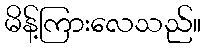
မိန့်ကြားလေသည်။